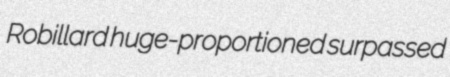
Robillard huge-proportioned surpassed